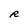
Character: R